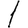
Digit: 1